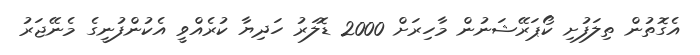
އެގޮތުން ތިލަފުށި ކޯޕަރޭޝަނުން މާހިރަށް 2000 ޑޮލަރު ހަދިޔާ ކުރެއްވީ އެކުންފުނީގެ މެނޭޖަރު